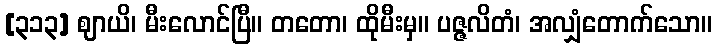
[၃၁၃] ဈာယိ၊ မီးလောင်ပြီ။ တတော၊ ထိုမီးမှ။ ပဇ္ဇလိတံ၊ အလျှံတောက်သော။